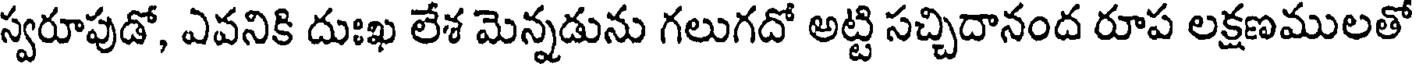
స్వరూపుడో, ఎవనికి దుఃఖ లేశ మెన్నడును గలుగదో అట్టి సచ్చిదానంద రూప లక్షణములతో